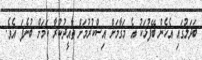
ބަދަލުގައި އެހެން ބޭފުޅަކު އެ މަގާމަށް އިސްކުރުމަށް ތާއީދުކުރާ ކަމަށް ބުނެފަ އެވެ.